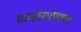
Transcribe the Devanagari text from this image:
साव्होनारोलाला